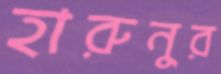
হারুনুর